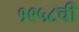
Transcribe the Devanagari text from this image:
१९५८ची